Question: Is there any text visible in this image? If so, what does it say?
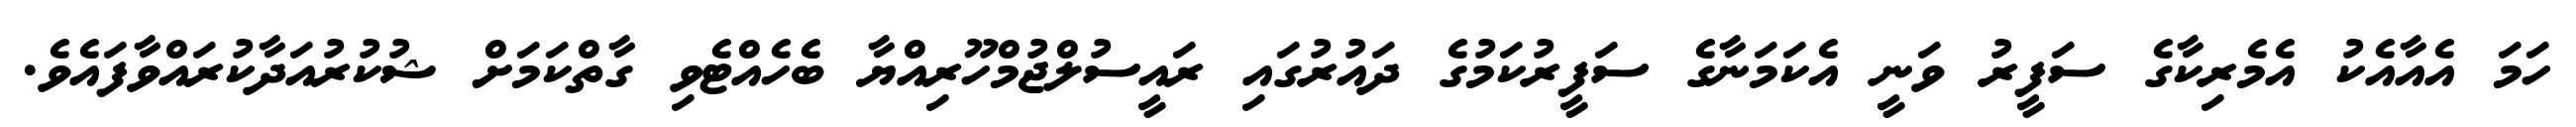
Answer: ހަމަ އެއާއެކު އެމެރިކާގެ ސަފީރު ވަނީ އެކަމަނާގެ ސަފީރުކަމުގެ ދައުރުގައި ރައީސުލްޖުމްހޫރިއްޔާ ބެހެއްޓެވި ގާތްކަމަށް ޝުކުރުއަދާކުރައްވާފައެވެ.